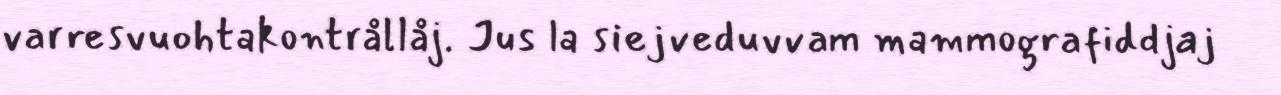
varresvuohtakontrållåj. Jus la siejveduvvam mammografiddjaj